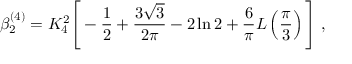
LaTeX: \beta _ { 2 } ^ { ( 4 ) } = K _ { 4 } ^ { 2 } \Bigg [ - \frac { 1 } { 2 } + \frac { 3 \sqrt { 3 } } { 2 \pi } - 2 \ln 2 + \frac { 6 } { \pi } L \left( \frac { \pi } { 3 } \right) \Bigg ] \; ,